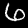
Label: 6